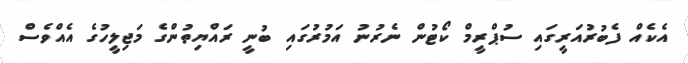
އެކެއް ފެބުރުއަރީގައި ސުޕްރީމް ކޯޓުން ނެރުނު އަމުރުގައި ބުނީ ރައްޔިތުންގެ މަޖިލީހުގެ އެއްވެސް